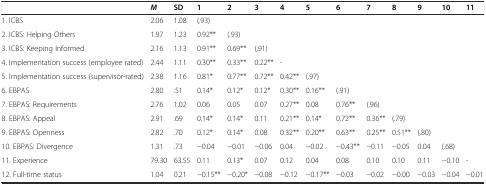
<table><thead><tr><td></td><td><b><i>M</i></b></td><td><b>SD</b></td><td><b>1</b></td><td><b>2</b></td><td><b>3</b></td><td><b>4</b></td><td><b>5</b></td><td><b>6</b></td><td><b>7</b></td><td><b>8</b></td><td><b>9</b></td><td><b>10</b></td><td><b>11</b></td></tr></thead><tbody><tr><td>1. ICBS</td><td>2.06</td><td>1.08</td><td>(.93)</td><td></td><td></td><td></td><td></td><td></td><td></td><td></td><td></td><td></td><td></td></tr><tr><td>2. ICBS: Helping Others</td><td>1.97</td><td>1.23</td><td>0.92**</td><td>(.93)</td><td></td><td></td><td></td><td></td><td></td><td></td><td></td><td></td><td></td></tr><tr><td>3. ICBS: Keeping Informed</td><td>2.16</td><td>1.13</td><td>0.91**</td><td>0.69**</td><td>(.91)</td><td></td><td></td><td></td><td></td><td></td><td></td><td></td><td></td></tr><tr><td>4. Implementation success (employee rated)</td><td>2.44</td><td>1.11</td><td>0.30**</td><td>0.33**</td><td>0.22**</td><td>-</td><td></td><td></td><td></td><td></td><td></td><td></td><td></td></tr><tr><td>5. Implementation success (supervisor-rated)</td><td>2.38</td><td>1.16</td><td>0.81*</td><td>0.77**</td><td>0.72**</td><td>0.42**</td><td>(.97)</td><td></td><td></td><td></td><td></td><td></td><td></td></tr><tr><td>6. EBPAS</td><td>2.80</td><td>.51</td><td>0.14*</td><td>0.12*</td><td>0.12*</td><td>0.30**</td><td>0.16**</td><td>(.91)</td><td></td><td></td><td></td><td></td><td></td></tr><tr><td>7. EBPAS: Requirements</td><td>2.76</td><td>1.02</td><td>0.06</td><td>0.05</td><td>0.07</td><td>0.27**</td><td>0.08</td><td>0.76**</td><td>(.96)</td><td></td><td></td><td></td><td></td></tr><tr><td>8. EBPAS: Appeal</td><td>2.91</td><td>.69</td><td>0.14*</td><td>0.14*</td><td>0.11</td><td>0.21**</td><td>0.14*</td><td>0.72**</td><td>0.36**</td><td>(.79)</td><td></td><td></td><td></td></tr><tr><td>9. EBPAS: Openness</td><td>2.82</td><td>.70</td><td>0.12*</td><td>0.14*</td><td>0.08</td><td>0.32**</td><td>0.20**</td><td>0.63**</td><td>0.25**</td><td>0.51**</td><td>(.80)</td><td></td><td></td></tr><tr><td>10. EBPAS: Divergence</td><td>1.31</td><td>.73</td><td>−0.04</td><td>−0.01</td><td>−0.06</td><td>0.04</td><td>−0.02</td><td>−0.43**</td><td>−0.11</td><td>−0.05</td><td>0.04</td><td>(.68)</td><td></td></tr><tr><td>11. Experience</td><td>79.30</td><td>63.55</td><td>0.11</td><td>0.13*</td><td>0.07</td><td>0.12</td><td>0.04</td><td>0.08</td><td>0.10</td><td>0.10</td><td>0.11</td><td>−0.10</td><td>-</td></tr><tr><td>12. Full-time status</td><td>1.04</td><td>0.21</td><td>−0.15**</td><td>−0.20*</td><td>−0.08</td><td>−0.12</td><td>−0.17**</td><td>−0.03</td><td>−0.02</td><td>−0.00</td><td>−0.03</td><td>−0.04</td><td>−0.01</td></tr></tbody></table>